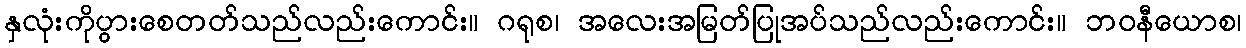
နှလုံးကိုပွားစေတတ်သည်လည်းကောင်း။ ဂရုစ၊ အလေးအမြတ်ပြုအပ်သည်လည်းကောင်း။ ဘဝနီယောစ၊